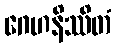
ဂေဟနိဿိတံ